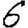
Digit: 6